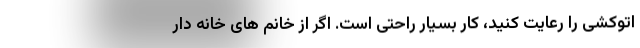
اتوکشی را رعایت کنید، کار بسیار راحتی است. اگر از خانم های خانه دار